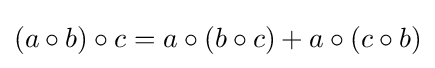
(a\circ b)\circ c=a\circ (b\circ c)+a\circ (c\circ b)